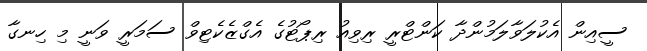
ސީއިން އެކުލަވާލަމުންދާ ކަންޓްރީ ރިވިއު ރިޕޯޓުގެ އެގްޒެކެޓިވް ސަމަރީ ވަނީ މި ހިނގާ